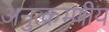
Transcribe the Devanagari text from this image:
अनुत्क्रम्णीय